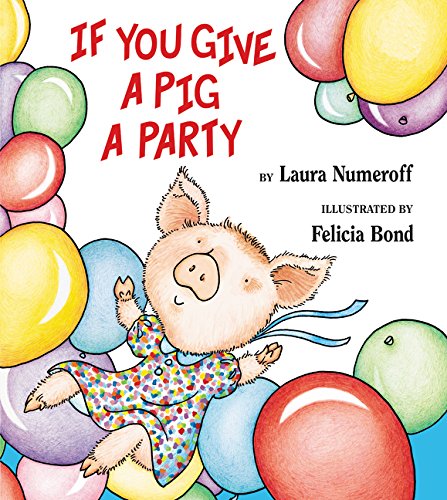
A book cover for If You Give a Pig a Party; Laura Numeroff; Children's Books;